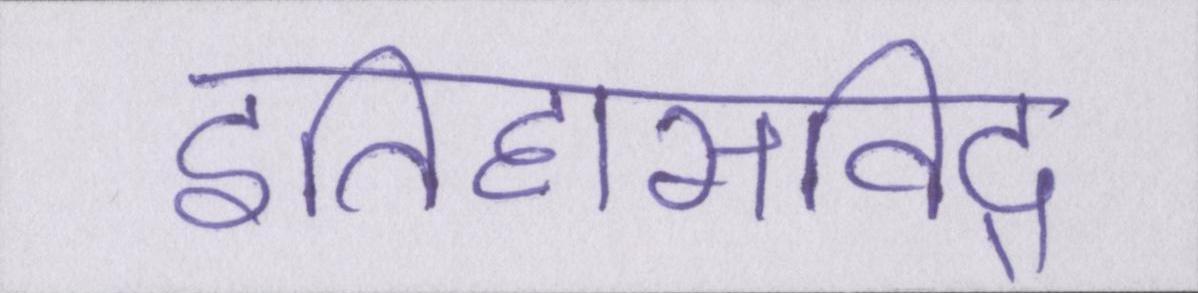
इतिहासविद्